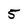
Character: 5